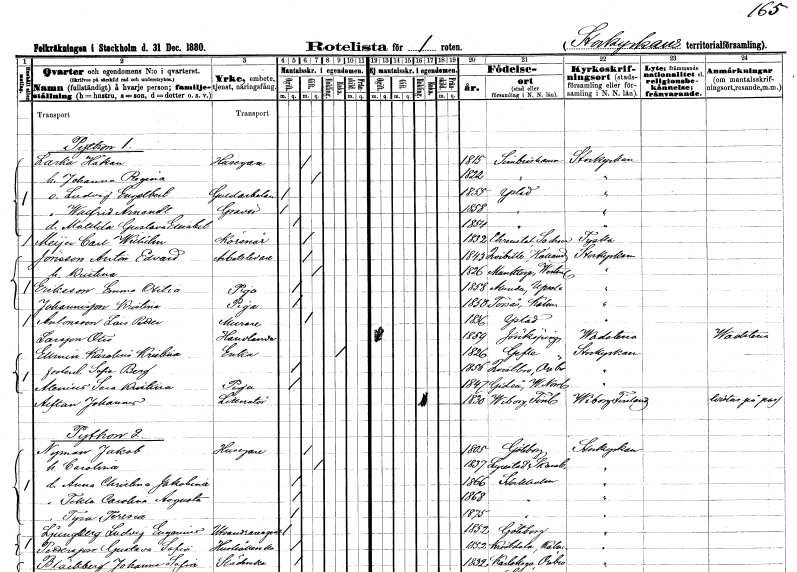
gt_parse: households: individuals: FN: Håkan
EN: Larka
YRKE: Husägare
KON: M
CIV: G
FODAR: 1815
FODFORS: Simrishamn Kristianstads län
FN: Johanna Regina
KON: K
CIV: G
FODAR: 1822
FODFORS: Simrishamn Kristianstads län
FN: Ludvig Engelbert
YRKE: Guldarbetare
KON: M
CIV: O
FODAR: 1855
FODFORS: Ystad Malmöhus län
FN: Walfrid Arnandt
YRKE: Gravör
KON: M
CIV: O
FODAR: 1858
FODFORS: Ystad Malmöhus län
FN: Matilda Gustava Elisabet
KON: K
CIV: O
FODAR: 1854
FODFORS: Ystad Malmöhus län
FN: Carl Wilhelm
EN: Meÿer
YRKE: Körsnär
KON: M
CIV: G
FODAR: 1832
FN: Anton Edvard
EN: Jönsson
YRKE: Arbetsledare
KON: M
CIV: G
FODAR: 1843
FODFORS: Kvibille Hallands län
FN: Kristina
KON: K
CIV: G
FODAR: 1826
FODFORS: Munktorp Västmanlands län
FN: Emma Otilia
EN: Eriksson
YRKE: Piga
KON: K
CIV: O
FODAR: 1858
FODFORS: Alunda Uppsala län
FN: Kristina
EN: Johannisson
YRKE: Piga
KON: K
CIV: O
FODAR: 1850
FODFORS: Torsås Kalmar län
FN: Lars Petter
EN: Antonsson
YRKE: Murare
KON: M
CIV: G
FODAR: 1836
FODFORS: Ystad Malmöhus län
FN: Otto
EN: Larsson
YRKE: Handlande
KON: M
CIV: O
FODAR: 1859
FODFORS: Jönköping Jönköpings län
FN: Karolina Kristina
EN: Ellmin
YRKE: Änka
KON: K
CIV: E
FODAR: 1826
FODFORS: Gävle Gävleborgs län
FN: Sofia
EN: Berg
KON: K
CIV: O
FODAR: 1856
FODFORS: Kvistbro Örebro län
FN: Sara Kristina
EN: Alenius
YRKE: Piga
KON: K
CIV: O
FODAR: 1847
FODFORS: Gideå Västernorrlands län
FN: Johannes
EN: Alftan
YRKE: Litteratör
KON: M
CIV: E
FODAR: 1830
FN: Jakob
EN: Nyman
YRKE: Husägare
KON: M
CIV: G
FODAR: 1805
FODFORS: Göteborg Göteborgs- och Bohuslän
FN: Carolina
KON: K
CIV: G
FODAR: 1837
FODFORS: Lyrestad Skaraborgs län
FN: Anna Christina Jakobina
KON: K
CIV: O
FODAR: 1866
FODFORS: Stockholm
FN: Tekla Carolina Augusta
KON: K
CIV: O
FODAR: 1868
FODFORS: Stockholm
FN: Tyra Teresia
KON: K
CIV: O
FODAR: 1875
FODFORS: Stockholm